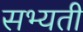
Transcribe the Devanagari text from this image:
सभ्यती